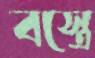
বস্ত্রে